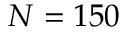
N = 1 5 0